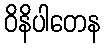
ဝိနိပါတေန